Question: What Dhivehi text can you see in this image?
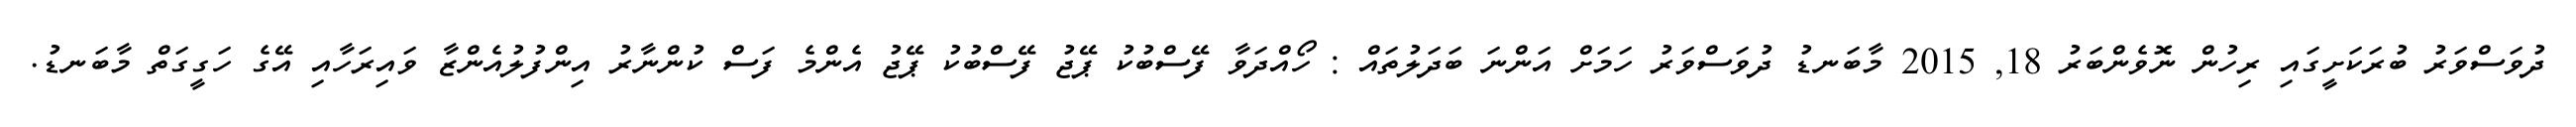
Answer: ދުވަސްވަރު ބުރަކަށީގައި ރިހުން ނޮވެންބަރު 18, 2015 މާބަނޑު ދުވަސްވަރު ހަމަށް އަންނަ ބަދަލުތައް : ހޯއްދަވާ ފޭސްބުކު ޕޭޖު ފޭސްބުކު ޕޭޖު އެންމެ ފަސް ކުންނާރު އިންފުލުއެންޒާ ވައިރަހާއި އޭގެ ހަގީގަތް މާބަނޑު.